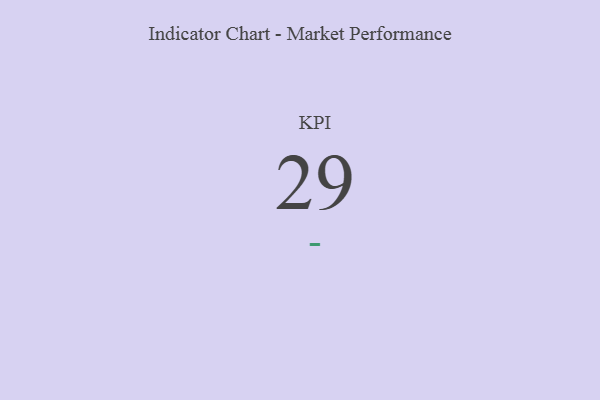
{"axis": {"x": "KPI", "y": "Value"}, "legend": [""], "data": [{"x": "KPI", "y": 29, "type": ""}]}